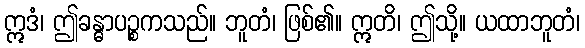
ဣဒံ၊ ဤခန္ဓာပဉ္စကသည်။ ဘူတံ၊ ဖြစ်၏။ ဣတိ၊ ဤသို့။ ယထာဘူတံ၊